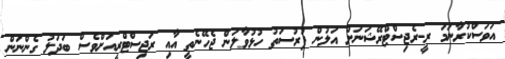
އަވަސްކުރާނަމަ ރީ-ރެޖިސްޓްރޭޝަނަށް އަލުން ފުރުސަތު ހުޅުވާލަން ޖެހޭނެތީ އާއި ރަޖިސްޓްރީއަށްވެސް ބަދަލު ގެންނަން